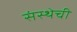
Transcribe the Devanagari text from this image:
संस्‍थेची